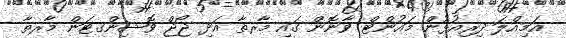
އަމިއްލަ ދިރިއުޅުން މައުންޓް ވާނޮން ގައި މާރތާ އަދި ޖޯޖް ވޮޝިންގޓަން މާރތާ